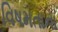
વિષમતાના